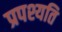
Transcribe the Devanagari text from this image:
प्रपश्यति